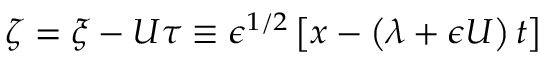
\zeta = \xi - U \tau \equiv \epsilon ^ { 1 / 2 } \left[ x - \left( \lambda + \epsilon U \right) t \right]